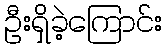
ဦးရှိခဲ့ကြောင်း